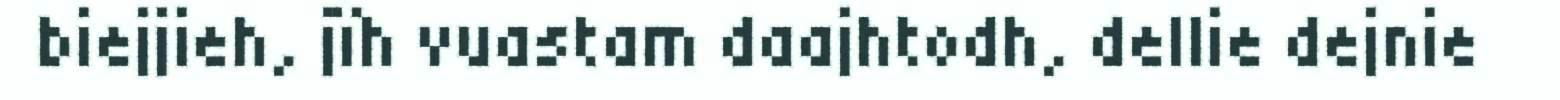
biejjieh, jïh vuastam daajhtodh, dellie dejnie